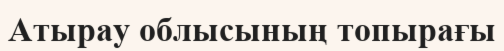
Атырау облысының топырағы